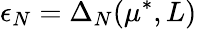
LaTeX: \epsilon_{N}=\Delta_{N}(\mu^{*},L)